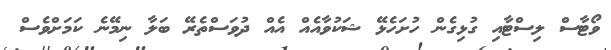
ވޯޓާސް ލިސްޓާއި ގުޅިގެން ހުށަހެޅޭ ޝަކުވާއެއް އެއް ދުވަސްތެރޭ ބަލާ ނިމޭނެ ކަމަށްވެސް